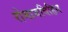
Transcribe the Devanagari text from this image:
रोमाभविहिन